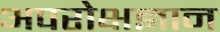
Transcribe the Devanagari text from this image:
अपरोक्षज्ञान